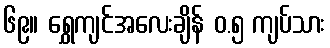
၆၉။ ရွှေကျင်အလေးချိန် ၀.၅ ကျပ်သား